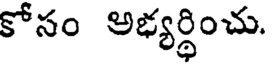
కోసం అభ్యర్థించు.